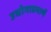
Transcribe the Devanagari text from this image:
उद्योगाप्रमाणें